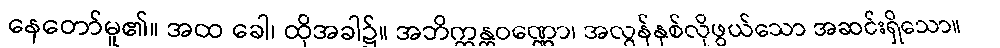
နေတော်မူ၏။ အထ ခေါ၊ ထိုအခါ၌။ အဘိက္ကန္တဝဏ္ဏော၊ အလွန်နှစ်လိုဖွယ်သော အဆင်းရှိသော။